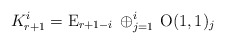
\begin{align*}K^{i}_{r+1}=\mathrm{E}_{r+1-i}\, \oplus_{j=1}^{i} \, \mathrm{O}(1,1)_j\end{align*}